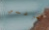
ترغبي